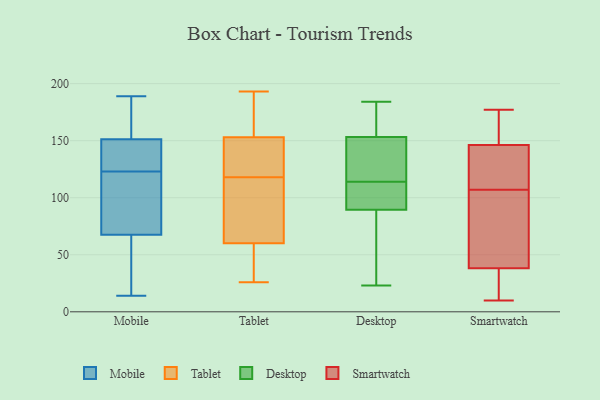
{"axis": {"x": "Net Income (USD K)", "y": "Value"}, "legend": ["Desktop", "Mobile", "Smartwatch", "Tablet"], "data": [{"x": "", "y": 102, "type": "Mobile"}, {"x": "", "y": 22, "type": "Mobile"}, {"x": "", "y": 96, "type": "Mobile"}, {"x": "", "y": 181, "type": "Mobile"}, {"x": "", "y": 152, "type": "Mobile"}, {"x": "", "y": 148, "type": "Mobile"}, {"x": "", "y": 189, "type": "Mobile"}, {"x": "", "y": 58, "type": "Mobile"}, {"x": "", "y": 123, "type": "Mobile"}, {"x": "", "y": 149, "type": "Mobile"}, {"x": "", "y": 14, "type": "Mobile"}, {"x": "", "y": 153, "type": "Tablet"}, {"x": "", "y": 121, "type": "Tablet"}, {"x": "", "y": 42, "type": "Tablet"}, {"x": "", "y": 128, "type": "Tablet"}, {"x": "", "y": 193, "type": "Tablet"}, {"x": "", "y": 167, "type": "Tablet"}, {"x": "", "y": 60, "type": "Tablet"}, {"x": "", "y": 115, "type": "Tablet"}, {"x": "", "y": 26, "type": "Tablet"}, {"x": "", "y": 87, "type": "Tablet"}, {"x": "", "y": 103, "type": "Desktop"}, {"x": "", "y": 103, "type": "Desktop"}, {"x": "", "y": 92, "type": "Desktop"}, {"x": "", "y": 124, "type": "Desktop"}, {"x": "", "y": 76, "type": "Desktop"}, {"x": "", "y": 95, "type": "Desktop"}, {"x": "", "y": 23, "type": "Desktop"}, {"x": "", "y": 184, "type": "Desktop"}, {"x": "", "y": 173, "type": "Desktop"}, {"x": "", "y": 114, "type": "Desktop"}, {"x": "", "y": 157, "type": "Desktop"}, {"x": "", "y": 76, "type": "Desktop"}, {"x": "", "y": 82, "type": "Desktop"}, {"x": "", "y": 133, "type": "Desktop"}, {"x": "", "y": 121, "type": "Desktop"}, {"x": "", "y": 161, "type": "Desktop"}, {"x": "", "y": 152, "type": "Desktop"}, {"x": "", "y": 12, "type": "Smartwatch"}, {"x": "", "y": 107, "type": "Smartwatch"}, {"x": "", "y": 12, "type": "Smartwatch"}, {"x": "", "y": 10, "type": "Smartwatch"}, {"x": "", "y": 150, "type": "Smartwatch"}, {"x": "", "y": 47, "type": "Smartwatch"}, {"x": "", "y": 155, "type": "Smartwatch"}, {"x": "", "y": 177, "type": "Smartwatch"}, {"x": "", "y": 57, "type": "Smartwatch"}, {"x": "", "y": 121, "type": "Smartwatch"}, {"x": "", "y": 145, "type": "Smartwatch"}, {"x": "", "y": 68, "type": "Smartwatch"}, {"x": "", "y": 127, "type": "Smartwatch"}]}